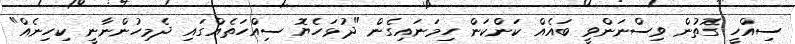
ސިއްހީ ގޮތުން ވިސްނަންވީ ބައެއް ކަންކަން ހިމަނައިގެން "ދުޅަހެޔޮ ސިއްހަތެއްގައި ދެމިހުންނާނީ ކިހިނެއް"